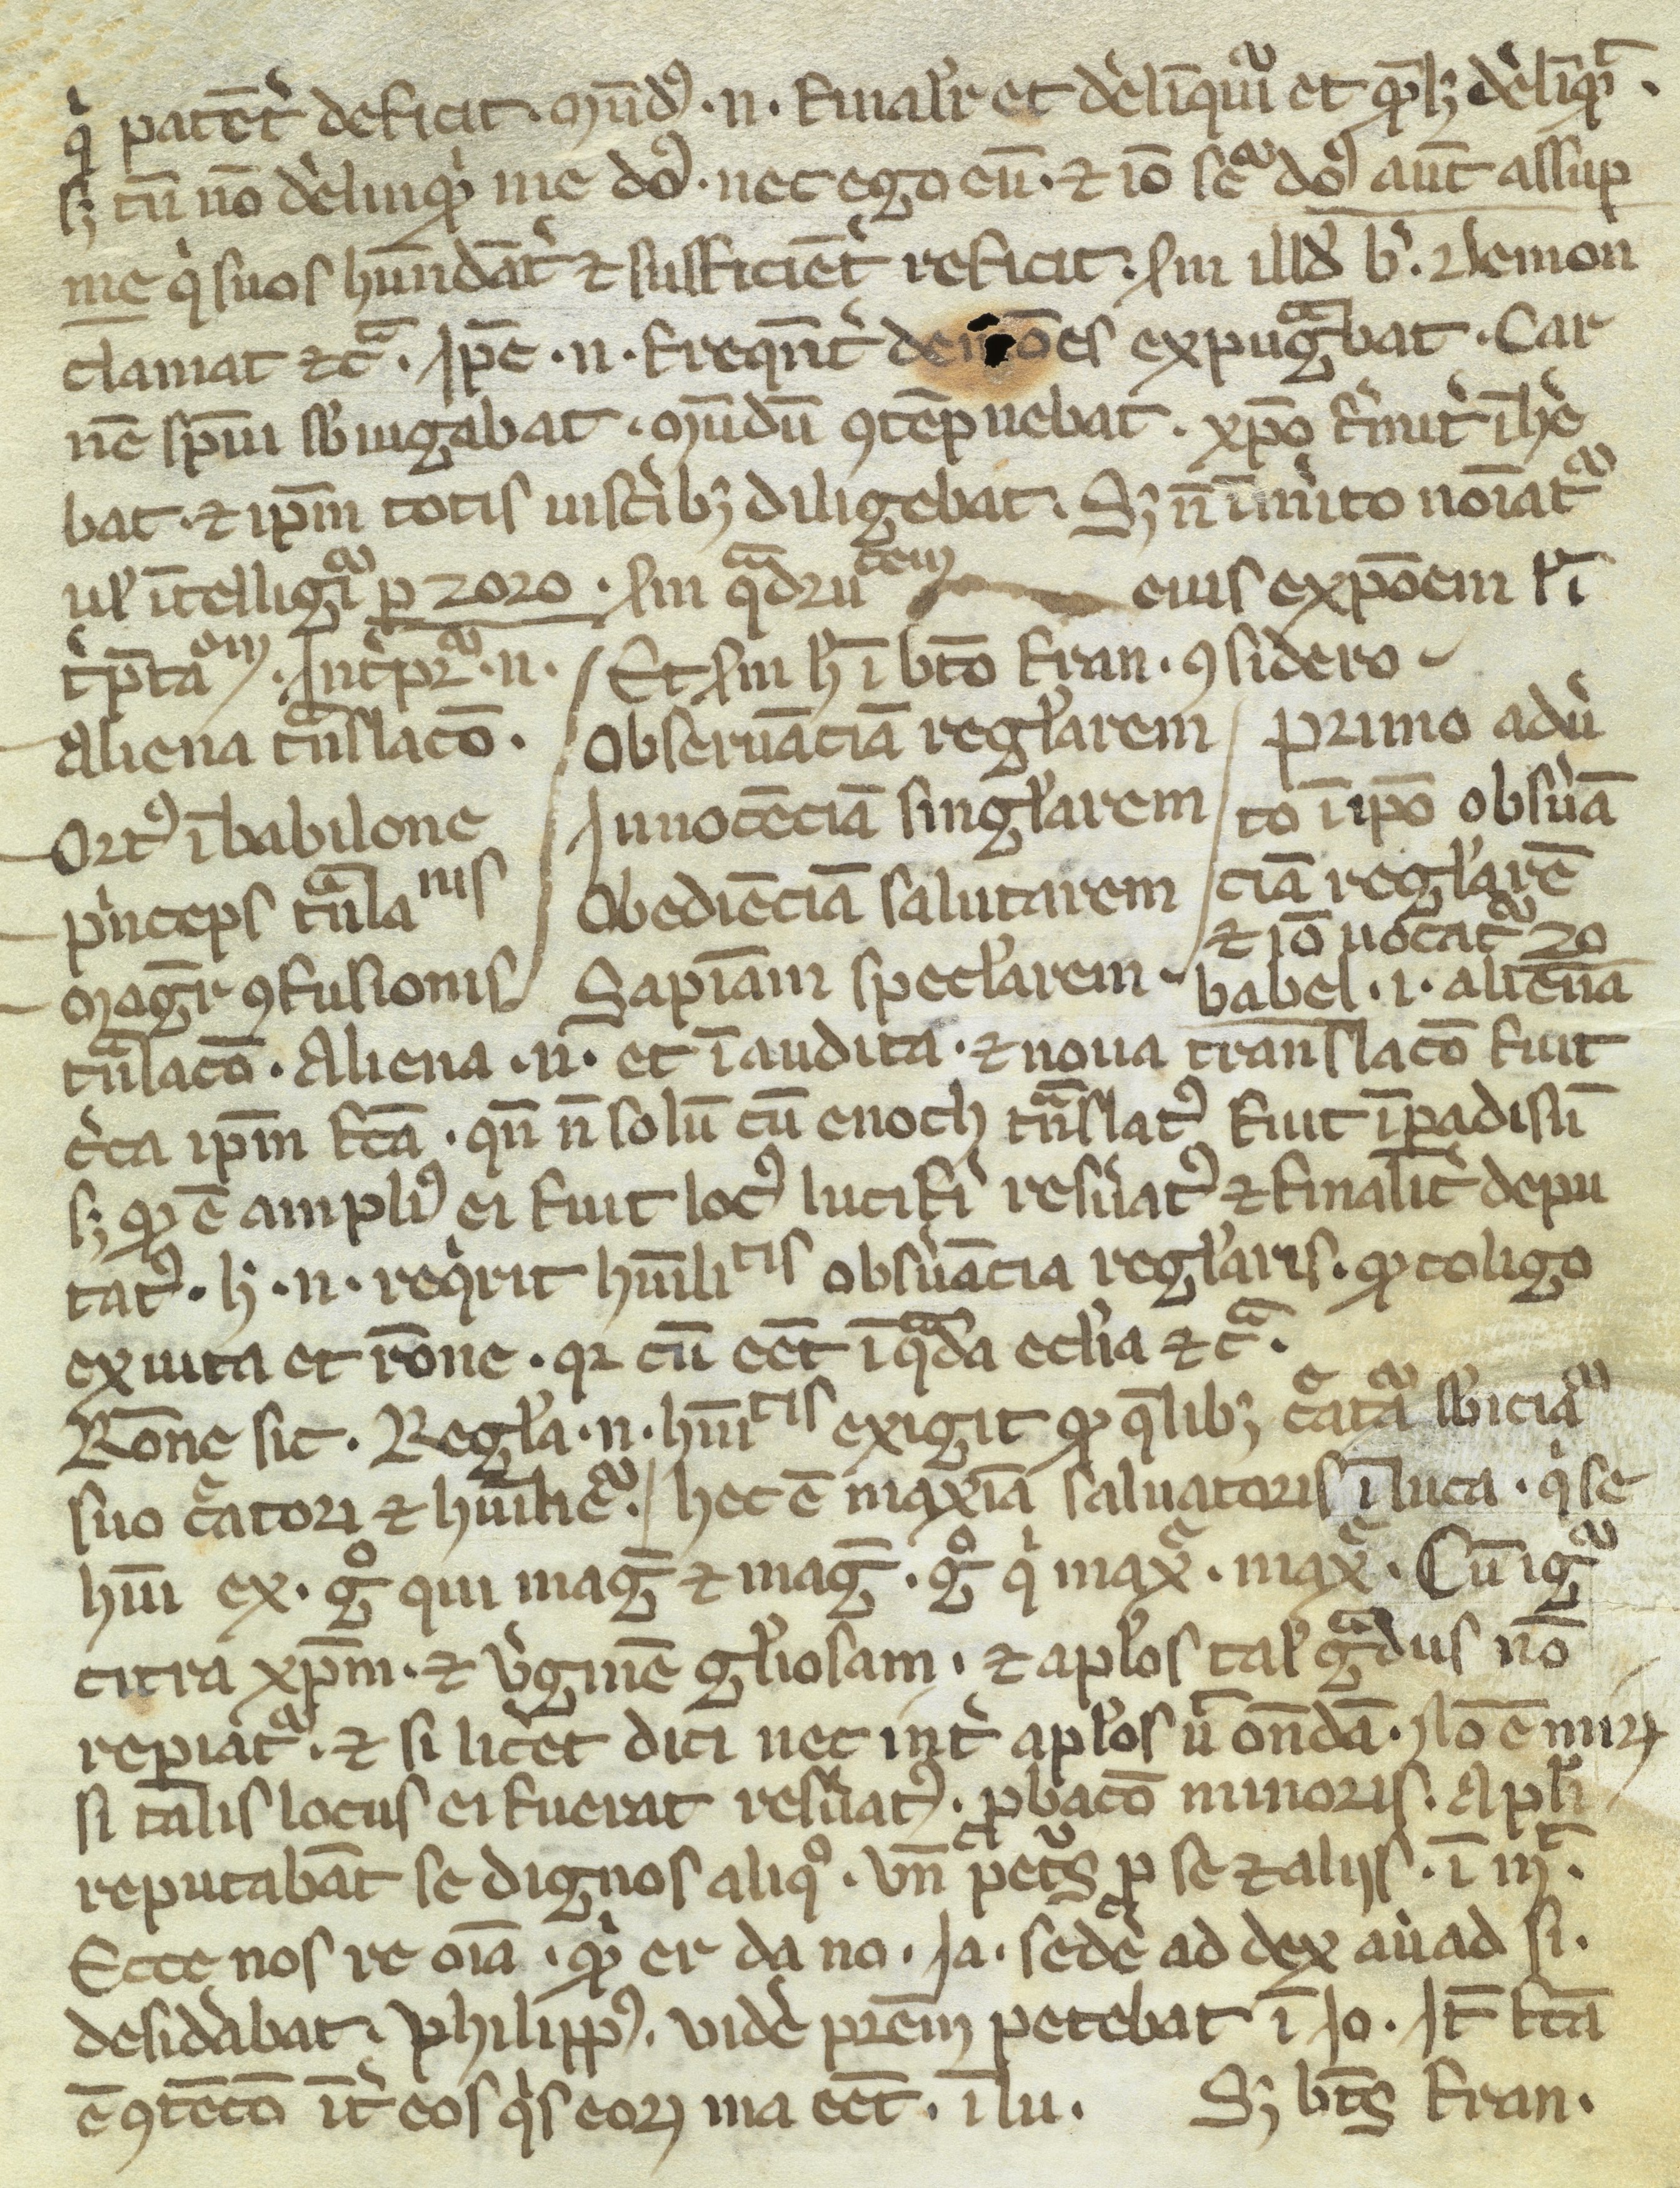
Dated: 1300–1399